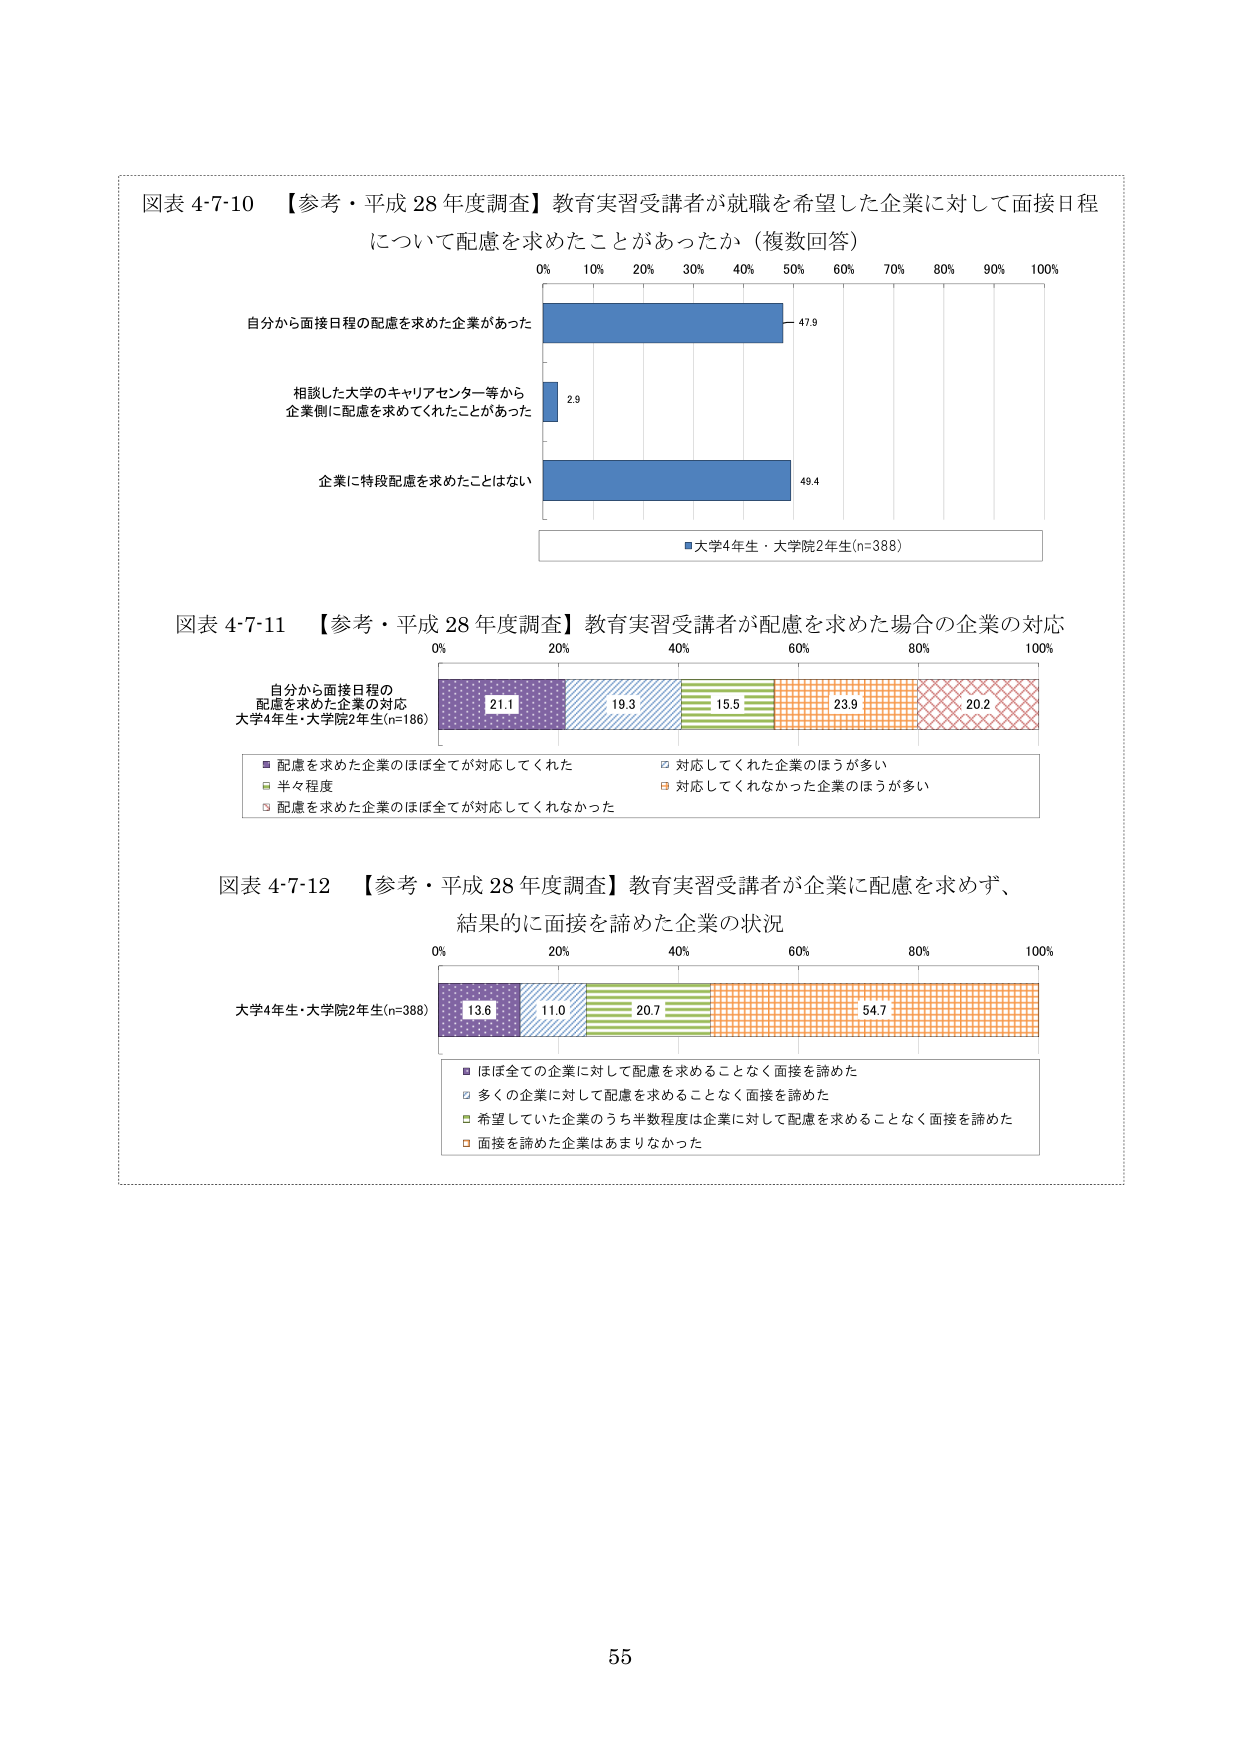
図表 4-7-10 【参考・平成 28 年度調査】教育実習受講者が就職を希望した企業に対して面接日程について配慮を求めたことがあったか（複数回答）

0% 10% 20% 30% 40% 50% 60% 70% 80% 90% 100%

自分から面接日程の配慮を求めた企業があった 47.9

相談した大学のキャリアセンター等から企業側に配慮を求めてくれたことがあった 2.9

企業に特段配慮を求めたことはない 49.4

■大学4年生・大学院2年生(n=388)

図表 4-7-11 【参考・平成 28 年度調査】教育実習受講者が配慮を求めた場合の企業の対応

0% 20% 40% 60% 80% 100%

自分から面接日程の配慮を求めた企業の対応
大学4年生・大学院2年生(n=186)

21.1 19.3 15.5 23.9 20.2

■ 配慮を求めた企業のほぼ全てが対応してくれた
□ 対応してくれた企業のほうが多いう
■ 半々程度
■ 対応してくれなかった企業のほうが多いう
□ 配慮を求めた企業のほぼ全てが対応してくれなかった

図表 4-7-12 【参考・平成 28 年度調査】教育実習受講者が企業に配慮を求めず、結果的に面接を諦めた企業の状況

0% 20% 40% 60% 80% 100%

大学4年生・大学院2年生(n=388)

13.6 11.0 20.7 54.7

■ ほぼ全ての企業に対して配慮を求めることなく面接を諦めた
□ 多くの企業に対して配慮を求めることなく面接を諦めた
■ 希望していた企業のうち半数程度は企業に対して配慮を求めることなく面接を諦めた
□ 面接を諦めた企業はあまりなかった

55